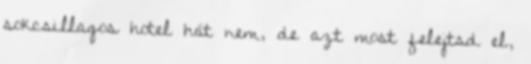
sokcsillagos hotel hát nem, de azt most felejtsd el,